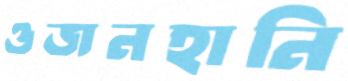
ওজনহানি